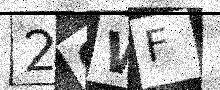
Text: 2QWF